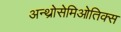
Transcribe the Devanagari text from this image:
अन्थ्रोसेमिओतिक्स